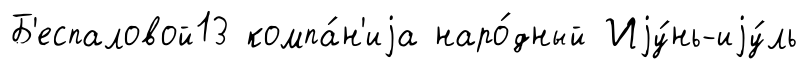
Б'еспаловой13 компа́н'иjа наро́дный Иjу́нь-иjу́ль